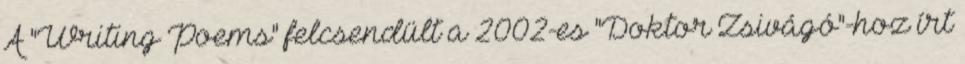
A "Writing Poems" felcsendült a 2002-es "Doktor Zsivágó"-hoz írt